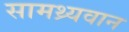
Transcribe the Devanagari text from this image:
सामथ्र्यवान